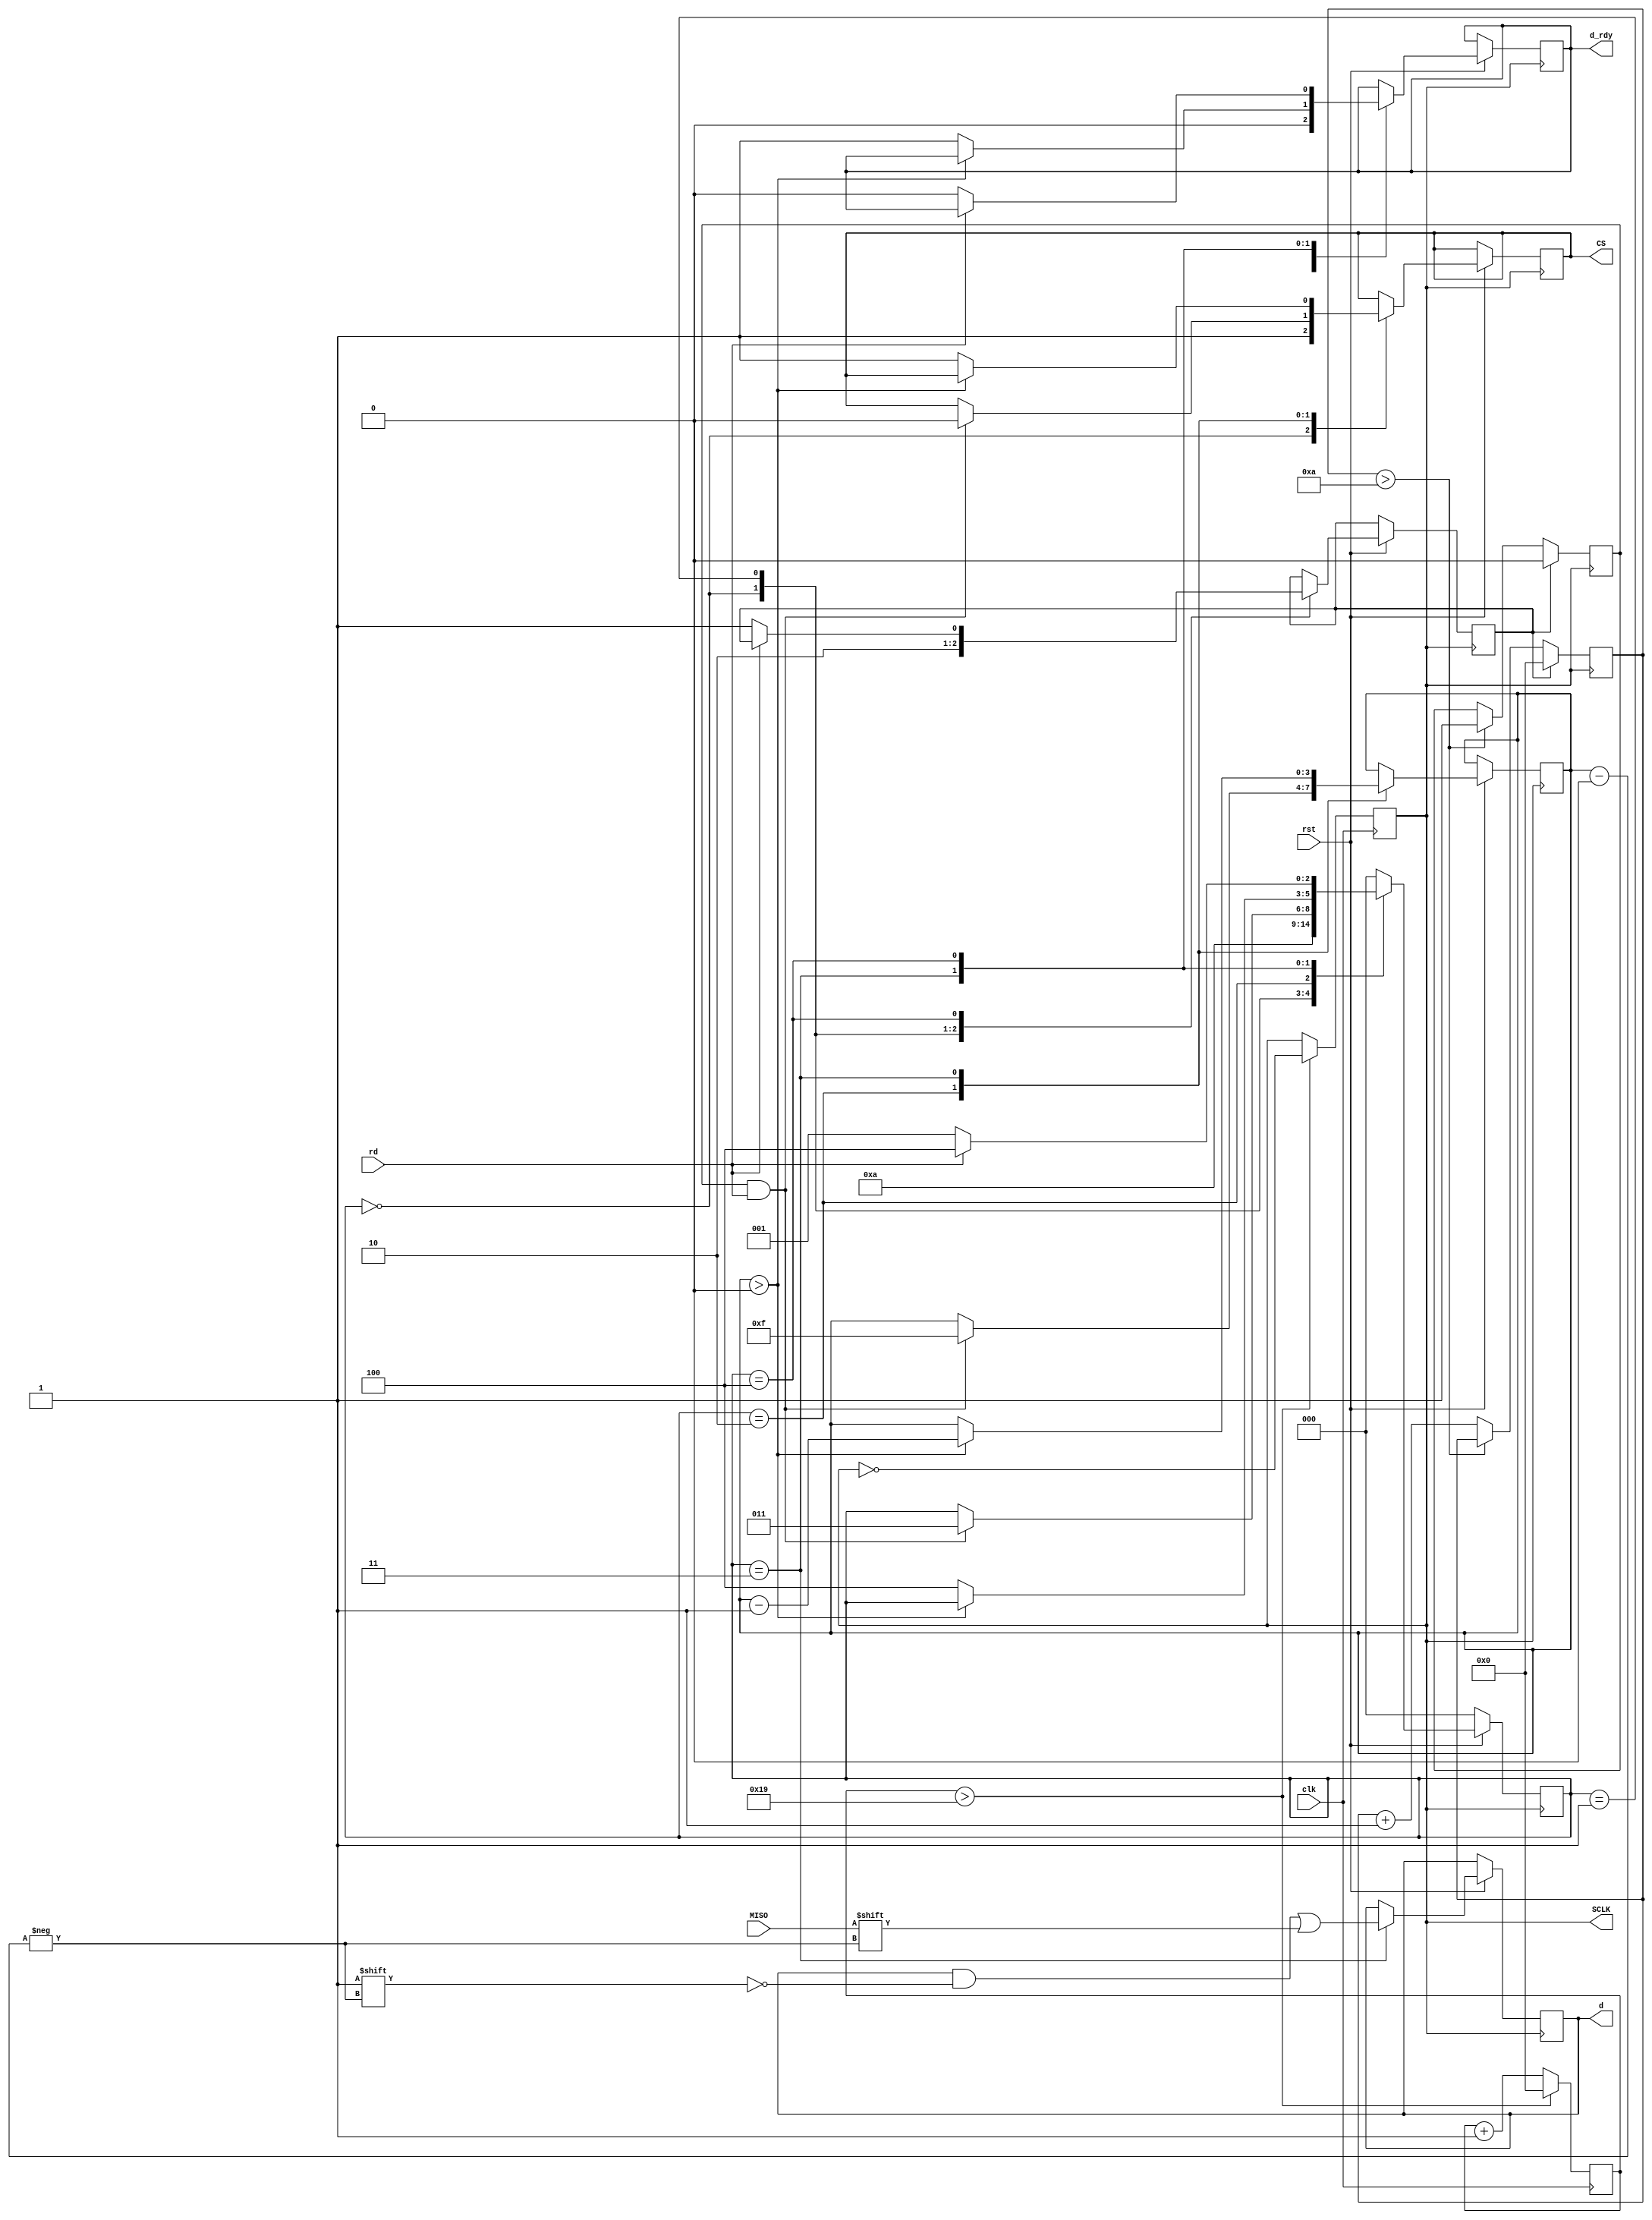
`timescale 1ns / 1ps
//////////////////////////////////////////////////////////////////////////////////
// Company: 
// 
// Design Name: 
// Module Name: simpleSPI
// Project Name: Enxor Logic Analyzer
// Target Devices: 
// Tool Versions: 
// Description: 
// 
//      Copyright (C) 2021  Matthew Crump
//
// 		This program is free software: you can redistribute it and/or modify
// 		it under the terms of the GNU General Public License as published by
// 		the Free Software Foundation, either version 3 of the License, or
// 		(at your option) any later version.
//
// 		This program is distributed in the hope that it will be useful,
// 		but WITHOUT ANY WARRANTY; without even the implied warranty of
// 		MERCHANTABILITY or FITNESS FOR A PARTICULAR PURPOSE.  See the
// 		GNU General Public License for more details.
//
// 		You should have received a copy of the GNU General Public License
// 		along with this program.  If not, see <https://www.gnu.org/licenses/>.
//
// Dependencies: 
// 
// Revision:
// Revision 0.01 - File Created
// Additional Comments:
// 
//////////////////////////////////////////////////////////////////////////////////


module simpleSPI(
    input clk,
    input MISO,
    input rd,
    input rst,
    output reg SCLK,
    output reg CS,
    output reg d_rdy,
    output reg [15:0] d
    );
    
    reg timer;
    reg t_rst;
    
    reg [2:0] state;
    reg [3:0] bit;
    reg [31:0] t_count;
    reg [31:0] sclk_count;
    
    initial begin
        state = 0;
        timer = 0;
        t_rst = 0;
        bit = 0;
        
        t_count = 0;
        sclk_count = 0;
        
        SCLK = 0;
        CS = 1;
        d = 0;
        d_rdy = 0;
    end
    
    //---------------------------
    // Clock Divider for SCLK:
    always @(posedge clk) begin
        if (sclk_count > 25) begin
            SCLK <= ~SCLK;
            sclk_count <= 0;
        end
        else begin
            sclk_count <= sclk_count + 1;
        end
    end
    //---------------------------
    
    //---------------------------
    // Timer Process
    always @(posedge SCLK) begin
        if (t_rst) begin
            timer <= 0;
            t_count <= 0;
        end
        else begin
            if (t_count > 10) begin
                timer <= 1;
            end
            else begin
                t_count <= t_count + 1;
            end
        end
    end
    //------------------------------
    
    //------------------------------
    // SPI State Machine
    localparam RESET = 0, INITIALIZE = 1, WAIT = 2, READ_SPI = 3, WAIT_ACK = 4;
    always @(posedge SCLK) begin
        if (!rst) begin
            state <= RESET;
        end
        else begin
            case (state)
                RESET: begin
                    d_rdy = 0;
                    CS <= 1;
                    t_rst <= 1;
                    state <= INITIALIZE;
                end
                INITIALIZE: begin
                    t_rst <= 0;
                    state <= WAIT;                
                end
                WAIT: begin
                    if (timer & rd) begin
                        CS <= 0;
                        bit <= 15;
                        state <= READ_SPI;
                    end                
                end
                READ_SPI: begin
                    if (bit > 0) begin
                        d[bit] <= MISO;
                        bit <= bit -1;
                    end
                    else begin
                        d[bit] <= MISO;
                        d_rdy <= 1;
                        CS <= 1;
                        state <= WAIT_ACK;
                    end                                
                end
                WAIT_ACK: begin
                    if (rd == 0) begin
                        t_rst <= 1;
                        d_rdy <= 0;
                        state <= INITIALIZE;
                    end
                    else begin
                        state <= WAIT_ACK;
                    end                                                
                end
                default: state <= RESET;
            endcase
        end
    end
    //-------------------------------
    
endmodule